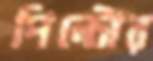
পিন্টোর